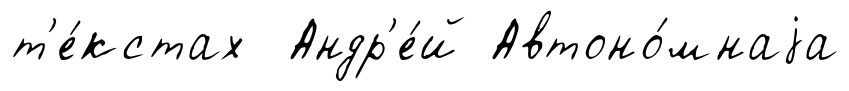
т'е́кстах Андр'е́й Автоно́мнаjа